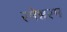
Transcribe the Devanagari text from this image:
रमेश्वरम